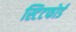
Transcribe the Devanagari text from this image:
स्टिटफोर्ड